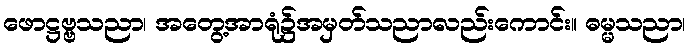
ဖောဋ္ဌဗ္ဗသညာ၊ အတွေ့အာရုံ၌အမှတ်သညာလည်းကောင်း။ ဓမ္မသညာ၊